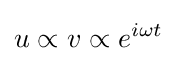
u\propto v\propto e^{i\omega t}